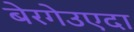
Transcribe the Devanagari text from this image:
बेरगेउएदा